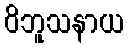
ဝိဘူသနာယ